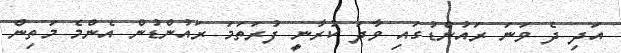
އަދި ދެ ވަނަ ރައުންޑުގައި ވާދަ ކުރާނީ ފުރަތަމަ ރައުންޑުން އެންމެ މަތިން